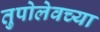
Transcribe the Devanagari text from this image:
तुपोलेवच्या